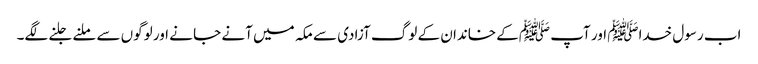
اب رسول خداﷺ اور آپ ﷺکے خاندان کے لوگ آزادی سے مکہ میں آنے جا نے اور لوگوں سے ملنے جلنے لگے۔